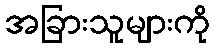
အခြားသူများကို